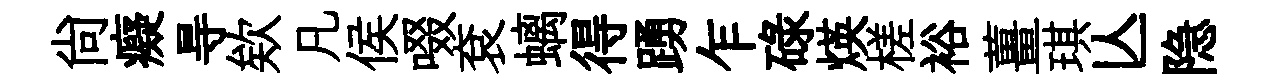
尙癡㝵欸凡侯啜袞螭得踴乍碌煐槎裕薑琪亾隐